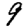
Digit: 9